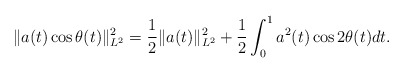
\begin{align*}\|a(t)\cos\theta(t)\|_{L^2}^2 =\frac1{2} \|a(t)\|_{L^2}^2+\frac1{2}\int_{0}^{1} a^2(t) \cos 2\theta(t) dt .\end{align*}